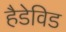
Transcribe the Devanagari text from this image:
हैडेविड